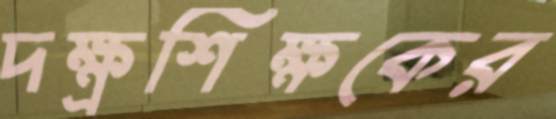
দক্ষ্রশিক্ষকের